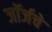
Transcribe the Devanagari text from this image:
जॉर्जचे